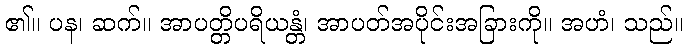
၏။ ပန၊ ဆက်။ အာပတ္တိပရိယန္တံ၊ အာပတ်အပိုင်းအခြားကို။ အဟံ၊ သည်။